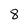
Character: 8